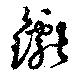
钀